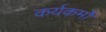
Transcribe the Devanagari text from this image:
कर्यकर्मो